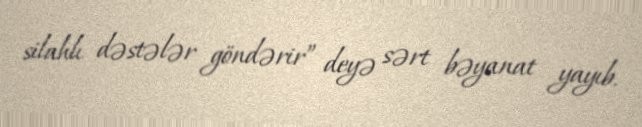
silahlı dəstələr göndərir” deyə sərt bəyanat yayıb.